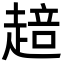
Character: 䞳